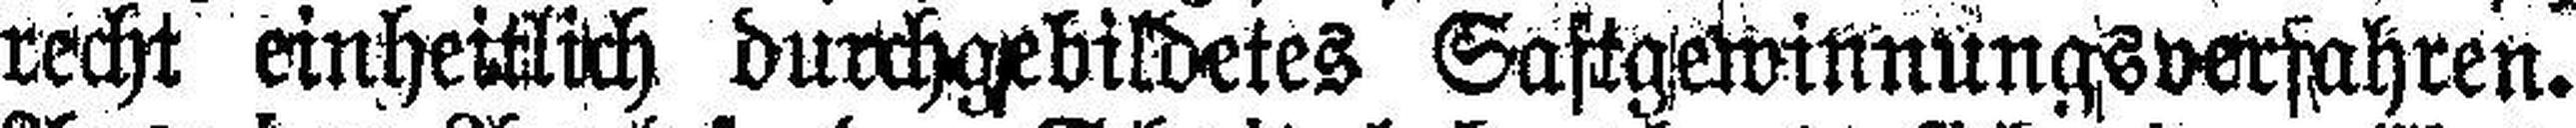
recht einheitlich durchgebildetes Saftgewinnungsverfahren.